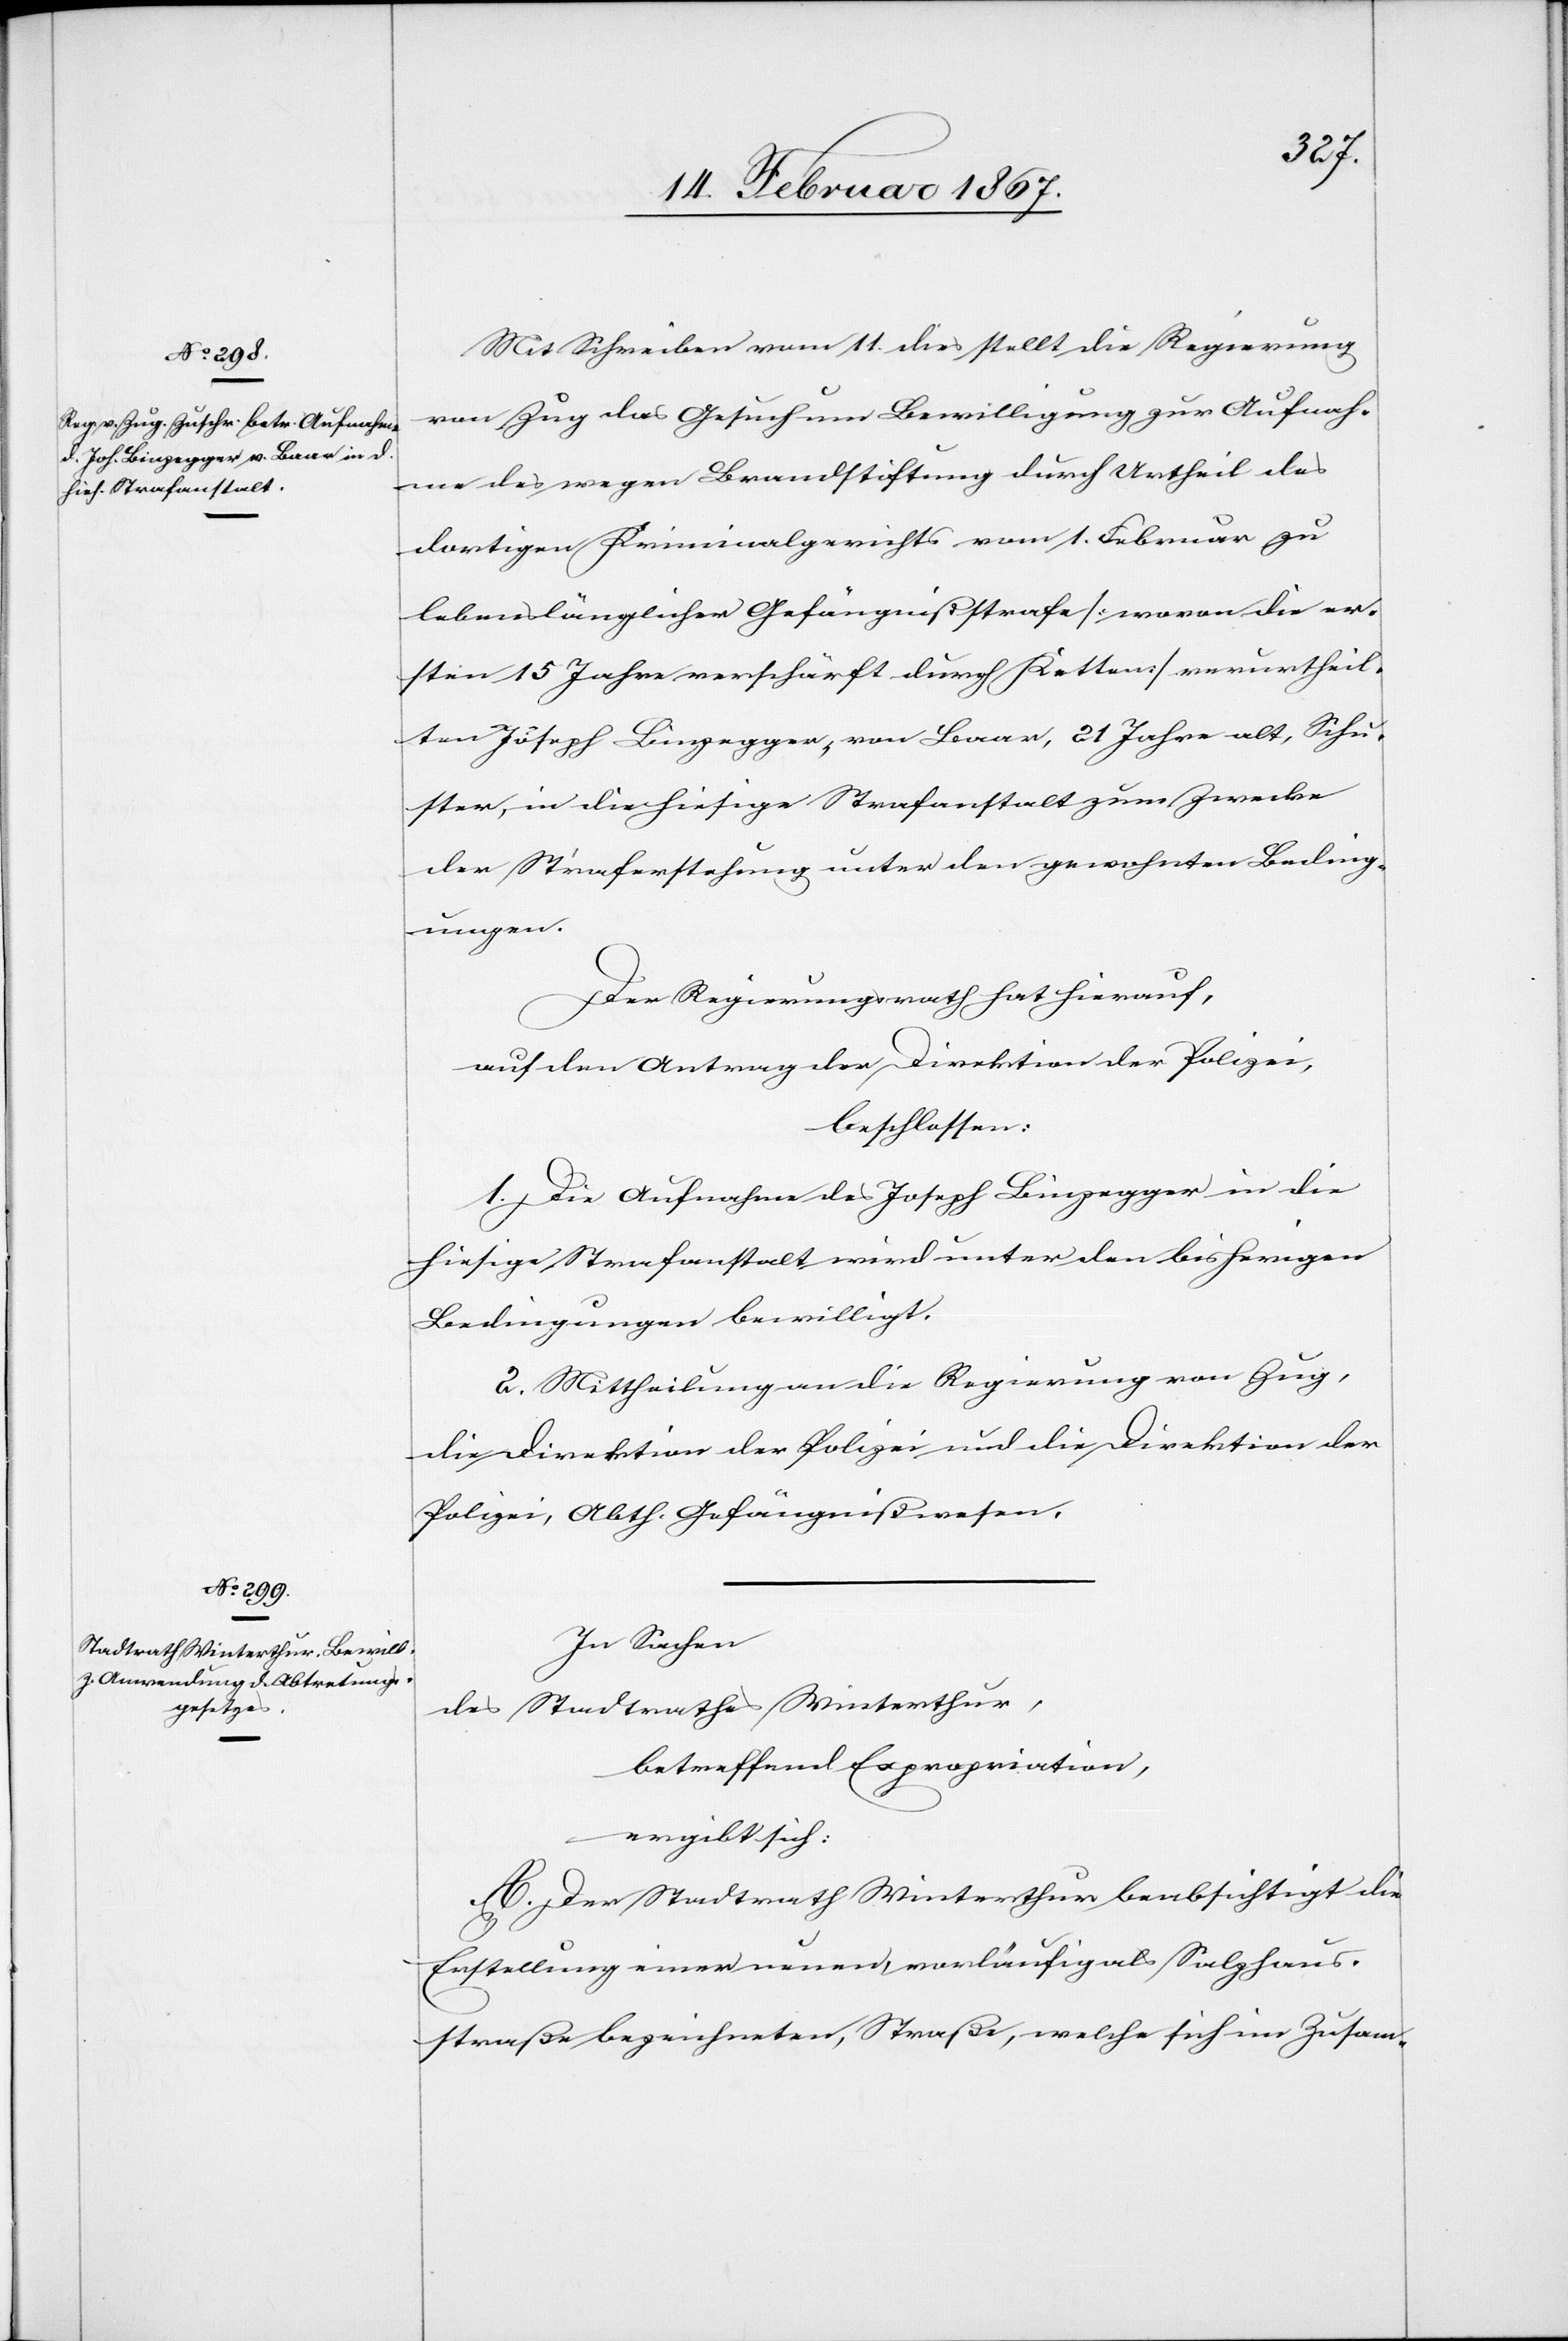
Mit Schreiben vom 11. dies stellt die Regierung
von Zug das Gesuch um Bewilligung zur Aufnah¬
me des wegen Brandstiftung durch Urtheil des
dortigen Kriminalgerichts vom 1. Februar zu
lebenslänglicher Gefängnißstrafe [wovon die er¬
sten 15 Jahre verschärft durch Ketten] verurtheil¬
ten Joseph Binzegger, von Baar, 21 Jahre alt, Schu¬
ster, in die hiesige Strafanstalt zum Zwecke
der Straferstehung unter den gewohnten Beding¬
ungen.
Der Regierungsrath hat hierauf,
auf den Antrag der Direktion der Polizei,
beschlossen:
1. Die Aufnahme des Joseph Binzegger in die
hiesige Strafanstalt wird unter den bisherigen
Bedingungen bewilligt.
2. Mittheilung an die Regierung von Zug,
die Direktion der Polizei und die Direktion der
Polizei, Abth. Gefängnißwesen.
In Sachen
Stadtrathes Winterthur,
des
betreffend Expropriation,
ergibt sich:
A. Der Stadtrath Winterthur beabsichtigt die
Erstellung einer neuen vorläufig als Salzhaus¬
straße bezeichneten, Straße, welche sich im Zusam-